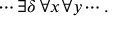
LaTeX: \cdots \exists \delta \, \forall x \, \forall y \cdots .